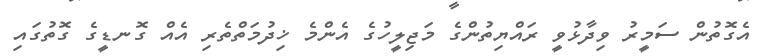
އެގޮތުން ސަމީރު ވިދާޅުވީ ރައްޔިތުންގެ މަޖިލީހުގެ އެންމެ ޚިދުމަތްތެރި އެއް ގޮނޑީގެ ގޮތުގައި